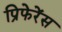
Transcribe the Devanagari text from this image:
प्रिफेरेंस